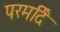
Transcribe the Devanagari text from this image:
परमर्दि